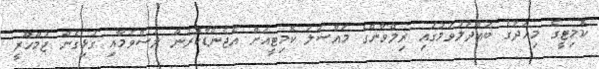
ކޮމިޓީގެ މިއަދުގެ ބައްދަލުވުމުގައި ރިލްވާންގެ މައްސަލަ ކޮމިޓީއަށް އެޖެންޑާކުރުން ލަސްވުމާއި ގުޅިގެން ޖުމްހޫރީ